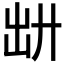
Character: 𪞷